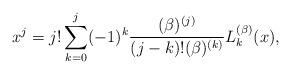
LaTeX: \begin{align*}x^{j}\allowbreak =\allowbreak j!\sum_{k=0}^{j}(-1)^{k}\frac{(\beta )^{(j)}}{(j-k)!(\beta )^{(k)}}L_{k}^{(\beta )}(x), \end{align*}